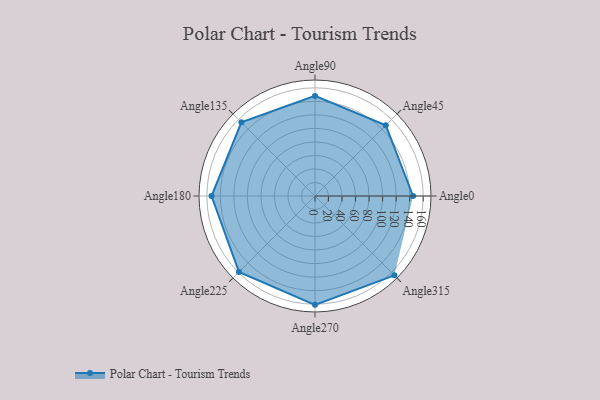
{"axis": {"x": "Angle", "y": "Radius"}, "legend": [""], "data": [{"x": "Angle0", "y": 145.0, "type": ""}, {"x": "Angle45", "y": 148.0, "type": ""}, {"x": "Angle90", "y": 148.0, "type": ""}, {"x": "Angle135", "y": 154.0, "type": ""}, {"x": "Angle180", "y": 153.0, "type": ""}, {"x": "Angle225", "y": 159.0, "type": ""}, {"x": "Angle270", "y": 161.0, "type": ""}, {"x": "Angle315", "y": 166.0, "type": ""}]}